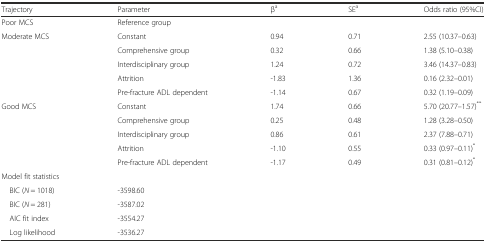
<table><thead><tr><td><b>Trajectory</b></td><td><b>Parameter</b></td><td><b>β<sup>a</sup></b></td><td><b>SE<sup>a</sup></b></td><td><b>Odds ratio (95%CI)</b></td></tr></thead><tbody><tr><td>Poor MCS</td><td>Reference group</td><td>[EMPTY_CELL]</td><td>[EMPTY_CELL]</td><td>[EMPTY_CELL]</td></tr><tr><td>Moderate MCS</td><td>Constant</td><td>0.94</td><td>0.71</td><td>2.55 (10.37–0.63)</td></tr><tr><td>[EMPTY_CELL]</td><td>Comprehensive group</td><td>0.32</td><td>0.66</td><td>1.38 (5.10–0.38)</td></tr><tr><td>[EMPTY_CELL]</td><td>Interdisciplinary group</td><td>1.24</td><td>0.72</td><td>3.46 (14.37–0.83)</td></tr><tr><td>[EMPTY_CELL]</td><td>Attrition</td><td>-1.83</td><td>1.36</td><td>0.16 (2.32–0.01)</td></tr><tr><td>[EMPTY_CELL]</td><td>Pre-fracture ADL dependent</td><td>-1.14</td><td>0.67</td><td>0.32 (1.19–0.09)</td></tr><tr><td>Good MCS</td><td>Constant</td><td>1.74</td><td>0.66</td><td>5.70 (20.77–1.57)<sup>**</sup></td></tr><tr><td>[EMPTY_CELL]</td><td>Comprehensive group</td><td>0.25</td><td>0.48</td><td>1.28 (3.28–0.50)</td></tr><tr><td>[EMPTY_CELL]</td><td>Interdisciplinary group</td><td>0.86</td><td>0.61</td><td>2.37 (7.88–0.71)</td></tr><tr><td>[EMPTY_CELL]</td><td>Attrition</td><td>-1.10</td><td>0.55</td><td>0.33 (0.97–0.11)<sup>*</sup></td></tr><tr><td>[EMPTY_CELL]</td><td>Pre-fracture ADL dependent</td><td>-1.17</td><td>0.49</td><td>0.31 (0.81–0.12)<sup>*</sup></td></tr><tr><td colspan="5">Model fit statistics</td></tr><tr><td> BIC (<i>N</i> = 1018)</td><td>-3598.60</td><td>[EMPTY_CELL]</td><td>[EMPTY_CELL]</td><td>[EMPTY_CELL]</td></tr><tr><td> BIC (<i>N</i> = 281)</td><td>-3587.02</td><td>[EMPTY_CELL]</td><td>[EMPTY_CELL]</td><td>[EMPTY_CELL]</td></tr><tr><td> AIC fit index</td><td>-3554.27</td><td>[EMPTY_CELL]</td><td>[EMPTY_CELL]</td><td>[EMPTY_CELL]</td></tr><tr><td> Log likelihood</td><td>-3536.27</td><td>[EMPTY_CELL]</td><td>[EMPTY_CELL]</td><td>[EMPTY_CELL]</td></tr></tbody></table>